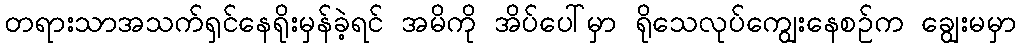
တရားသာအသက်ရှင်နေရိုးမှန်ခဲ့ရင် အမိကို အိပ်ပေါ်မှာ ရိုသေလုပ်ကျွေးနေစဉ်က ချွေးမမှာ